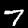
Label: 7